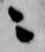
ニ